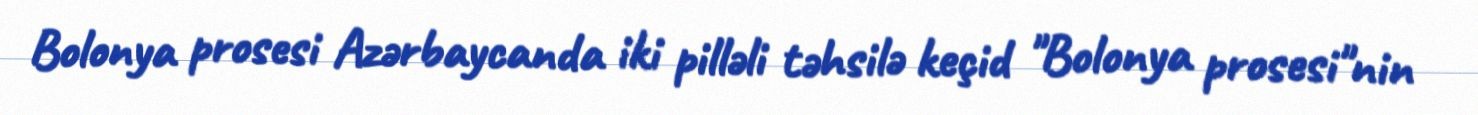
Bolonya prosesi Azərbaycanda iki pilləli təhsilə keçid "Bolonya prosesi"nin